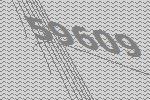
59609